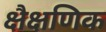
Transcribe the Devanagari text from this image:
क्षैक्षणिक